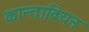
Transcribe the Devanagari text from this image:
कान्ताब्रियन